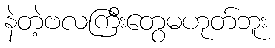
နဲတဲ့ဗလကြီးတွေမဟုတ်ဘူး